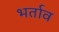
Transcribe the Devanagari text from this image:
भर्ताव